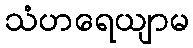
သံဟရေယျာမ